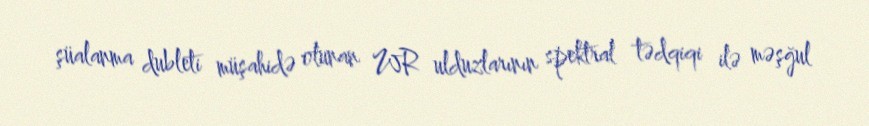
şüalanma dubleti müşahidə olunan WR ulduzlarının spektral tədqiqi ilə məşğul